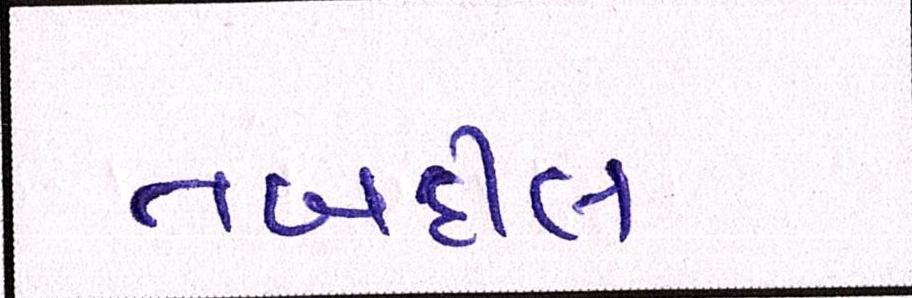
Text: તબદીલ